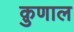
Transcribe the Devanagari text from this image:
क़ुणाल